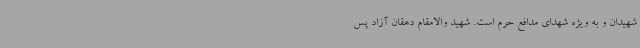
شهیدان و به ویژه شهدای مدافع حرم است. شهید والامقام دهقان آزاد پس